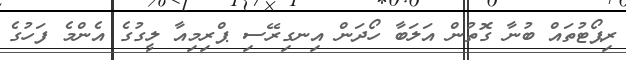
ރިޕޯޓުތައް ބުނާ ގޮތުން އަލަބާ ހޯދަން އިނގިރޭސި ޕްރިމިއާ ލީގުގެ އެންމެ ފަހުގެ